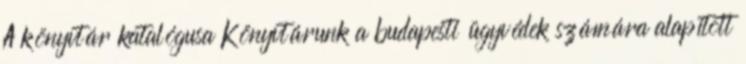
A könyvtár katalógusa Könyvtárunk a budapesti ügyvédek számára alapított